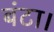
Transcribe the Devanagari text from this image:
बंटा।